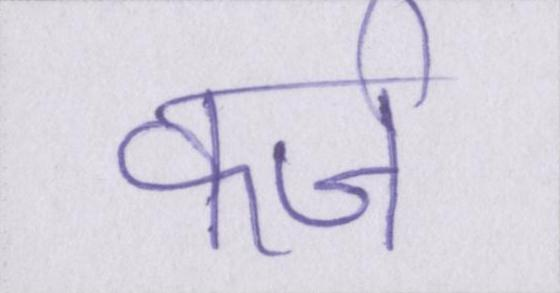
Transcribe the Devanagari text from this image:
कर्ज